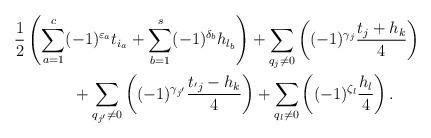
LaTeX: \begin{gather*}{1\over 2}\left(\sum_{a=1}^c (-1)^{\varepsilon_a}t_{i_a}+\sum_{b=1}^s (-1)^{\delta_b}h_{l_b}\right)+\sum_{q_j\not=0} \left((-1)^{\gamma_j}{t_j+ h_k\over 4}\right) \\\qquad{} +\sum_{q_{j'}\not=0} \left((-1)^{\gamma_{j'}}{t_{'j}- h_k\over 4}\right)+ \sum_{q_l\not=0} \left((-1)^{\zeta_l}{h_l\over 4}\right).\end{gather*}